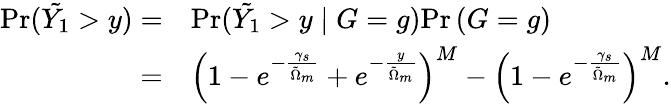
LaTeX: \begin{array}{rl}{\mathrm{Pr}(\tilde{Y_{1}}>y)=}&{\mathrm{Pr}(\tilde{Y_{1}}>y\mid G=g)\mathrm{Pr}\left(G=g\right)}\\ {=}&{\left(1-e^{-\frac{\gamma_{s}}{\tilde{\Omega}_{m}}}+e^{-\frac{y}{\tilde{\Omega}_{m}}}\right)^{M}-\left(1-e^{-\frac{\gamma_{s}}{\tilde{\Omega}_{m}}}\right)^{M}.}\end{array}